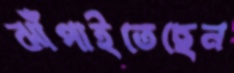
ঝাঁপাইতেছেন